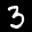
Label: 3